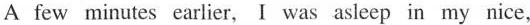
A few minutes carlier,I was asieep in my nice,